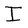
Character: I